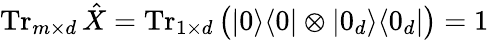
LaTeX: \operatorname{Tr}_{m\times d}\hat{X}=\operatorname{Tr}_{1\times d}\big(|0\rangle\langle 0|\otimes|0_{d}\rangle\langle 0_{d}|\big)=1